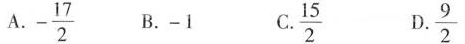
$$- \frac { 1 7 } { 2 }$$ $$\frac { 9 } { 2 }$$ $$\frac { 1 5 } { 2 }$$ B.-1